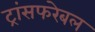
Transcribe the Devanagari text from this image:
ट्रांसफरेबल